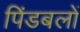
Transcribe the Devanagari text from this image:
पिंडबलों